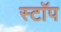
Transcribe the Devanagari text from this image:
स्टाॅप